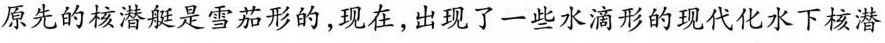
原先的核潜艇是雪茄形的，现在，出现了一些水滴形的现代化水下核潜